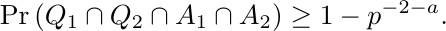
\begin{equation*}
\Pr \left(Q_1 \cap Q_2 \cap A_1 \cap A_2 \right) \geq 1-p^{-2-a}.
\end{equation*}